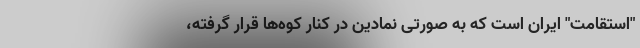
"استقامت" ایران است که به صورتی نمادین در کنار کوه‌ها قرار گرفته،